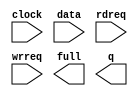
// megafunction wizard: %FIFO%VBB%
// GENERATION: STANDARD
// VERSION: WM1.0
// MODULE: scfifo 

// ============================================================
// Megafunction Name(s):
// 			scfifo
//
// Simulation Library Files(s):
// 			altera_mf
// ============================================================
// ************************************************************
// THIS IS A WIZARD-GENERATED FILE. DO NOT EDIT THIS FILE!
//
// 16.0.0 Build 211 04/27/2016 SJ Standard Edition
// ************************************************************

//Copyright (C) 1991-2016 Altera Corporation. All rights reserved.
//Your use of Altera Corporation's design tools, logic functions 
//and other software and tools, and its AMPP partner logic 
//functions, and any output files from any of the foregoing 
//(including device programming or simulation files), and any 
//associated documentation or information are expressly subject 
//to the terms and conditions of the Altera Program License 
//Subscription Agreement, the Altera Quartus Prime License Agreement,
//the Altera MegaCore Function License Agreement, or other 
//applicable license agreement, including, without limitation, 
//that your use is for the sole purpose of programming logic 
//devices manufactured by Altera and sold by Altera or its 
//authorized distributors.  Please refer to the applicable 
//agreement for further details.

module FIFO (
	clock,
	data,
	rdreq,
	wrreq,
	full,
	q);

	input	  clock;
	input	[9:0]  data;
	input	  rdreq;
	input	  wrreq;
	output	  full;
	output	[9:0]  q;

endmodule

// ============================================================
// CNX file retrieval info
// ============================================================
// Retrieval info: PRIVATE: AlmostEmpty NUMERIC "0"
// Retrieval info: PRIVATE: AlmostEmptyThr NUMERIC "-1"
// Retrieval info: PRIVATE: AlmostFull NUMERIC "0"
// Retrieval info: PRIVATE: AlmostFullThr NUMERIC "-1"
// Retrieval info: PRIVATE: CLOCKS_ARE_SYNCHRONIZED NUMERIC "0"
// Retrieval info: PRIVATE: Clock NUMERIC "0"
// Retrieval info: PRIVATE: Depth NUMERIC "8192"
// Retrieval info: PRIVATE: Empty NUMERIC "0"
// Retrieval info: PRIVATE: Full NUMERIC "1"
// Retrieval info: PRIVATE: INTENDED_DEVICE_FAMILY STRING "Cyclone V"
// Retrieval info: PRIVATE: LE_BasedFIFO NUMERIC "0"
// Retrieval info: PRIVATE: LegacyRREQ NUMERIC "1"
// Retrieval info: PRIVATE: MAX_DEPTH_BY_9 NUMERIC "0"
// Retrieval info: PRIVATE: OVERFLOW_CHECKING NUMERIC "0"
// Retrieval info: PRIVATE: Optimize NUMERIC "0"
// Retrieval info: PRIVATE: RAM_BLOCK_TYPE NUMERIC "0"
// Retrieval info: PRIVATE: SYNTH_WRAPPER_GEN_POSTFIX STRING "0"
// Retrieval info: PRIVATE: UNDERFLOW_CHECKING NUMERIC "0"
// Retrieval info: PRIVATE: UsedW NUMERIC "0"
// Retrieval info: PRIVATE: Width NUMERIC "10"
// Retrieval info: PRIVATE: dc_aclr NUMERIC "0"
// Retrieval info: PRIVATE: diff_widths NUMERIC "0"
// Retrieval info: PRIVATE: msb_usedw NUMERIC "0"
// Retrieval info: PRIVATE: output_width NUMERIC "10"
// Retrieval info: PRIVATE: rsEmpty NUMERIC "1"
// Retrieval info: PRIVATE: rsFull NUMERIC "0"
// Retrieval info: PRIVATE: rsUsedW NUMERIC "0"
// Retrieval info: PRIVATE: sc_aclr NUMERIC "0"
// Retrieval info: PRIVATE: sc_sclr NUMERIC "0"
// Retrieval info: PRIVATE: wsEmpty NUMERIC "0"
// Retrieval info: PRIVATE: wsFull NUMERIC "1"
// Retrieval info: PRIVATE: wsUsedW NUMERIC "0"
// Retrieval info: LIBRARY: altera_mf altera_mf.altera_mf_components.all
// Retrieval info: CONSTANT: ADD_RAM_OUTPUT_REGISTER STRING "OFF"
// Retrieval info: CONSTANT: INTENDED_DEVICE_FAMILY STRING "Cyclone V"
// Retrieval info: CONSTANT: LPM_NUMWORDS NUMERIC "8192"
// Retrieval info: CONSTANT: LPM_SHOWAHEAD STRING "OFF"
// Retrieval info: CONSTANT: LPM_TYPE STRING "scfifo"
// Retrieval info: CONSTANT: LPM_WIDTH NUMERIC "10"
// Retrieval info: CONSTANT: LPM_WIDTHU NUMERIC "13"
// Retrieval info: CONSTANT: OVERFLOW_CHECKING STRING "ON"
// Retrieval info: CONSTANT: UNDERFLOW_CHECKING STRING "ON"
// Retrieval info: CONSTANT: USE_EAB STRING "ON"
// Retrieval info: USED_PORT: clock 0 0 0 0 INPUT NODEFVAL "clock"
// Retrieval info: USED_PORT: data 0 0 10 0 INPUT NODEFVAL "data[9..0]"
// Retrieval info: USED_PORT: full 0 0 0 0 OUTPUT NODEFVAL "full"
// Retrieval info: USED_PORT: q 0 0 10 0 OUTPUT NODEFVAL "q[9..0]"
// Retrieval info: USED_PORT: rdreq 0 0 0 0 INPUT NODEFVAL "rdreq"
// Retrieval info: USED_PORT: wrreq 0 0 0 0 INPUT NODEFVAL "wrreq"
// Retrieval info: CONNECT: @clock 0 0 0 0 clock 0 0 0 0
// Retrieval info: CONNECT: @data 0 0 10 0 data 0 0 10 0
// Retrieval info: CONNECT: @rdreq 0 0 0 0 rdreq 0 0 0 0
// Retrieval info: CONNECT: @wrreq 0 0 0 0 wrreq 0 0 0 0
// Retrieval info: CONNECT: full 0 0 0 0 @full 0 0 0 0
// Retrieval info: CONNECT: q 0 0 10 0 @q 0 0 10 0
// Retrieval info: GEN_FILE: TYPE_NORMAL FIFO.v TRUE
// Retrieval info: GEN_FILE: TYPE_NORMAL FIFO.inc FALSE
// Retrieval info: GEN_FILE: TYPE_NORMAL FIFO.cmp FALSE
// Retrieval info: GEN_FILE: TYPE_NORMAL FIFO.bsf FALSE
// Retrieval info: GEN_FILE: TYPE_NORMAL FIFO_inst.v FALSE
// Retrieval info: GEN_FILE: TYPE_NORMAL FIFO_bb.v TRUE
// Retrieval info: LIB_FILE: altera_mf